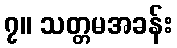
၇။ သတ္တမအခန်း